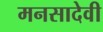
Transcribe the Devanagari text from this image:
मनसादेवी